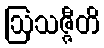
ဩသဇ္ဇီတိ